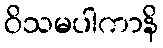
ဝိသမပါကာနိ